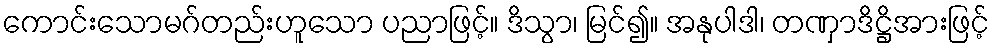
ကောင်းသောမဂ်တည်းဟူသော ပညာဖြင့်။ ဒိသွာ၊ မြင်၍။ အနုပါဒါ၊ တဏှာဒိဋ္ဌိအားဖြင့်